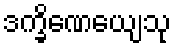
ဒက္ခိဏေယျေသု